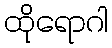
ထိုရောဂါ